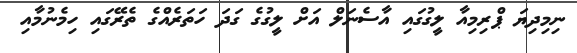
ނިމިދިޔަ ޕްރިމިއާ ލީގުގައި އާސެނަލް އަށް ލީގުގެ ގަދަ ހަތަރެއްގެ ތެރޭގައި ހިމެނުމާއި